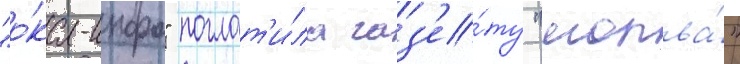
"о́ка-инфо" поглот'и́ла газ'е́ту "молва́"